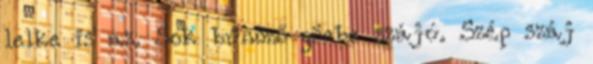
lelke is az. Sok bűnöző görbe szájú. Szép száj